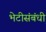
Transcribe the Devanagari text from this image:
भेटीसंबंधी